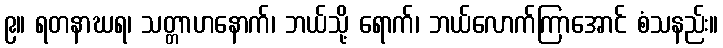
၉။ ရတနာဃရ၊ သတ္တာဟနောက်၊ ဘယ်သို့ ရောက်၊ ဘယ်လောက်ကြာအောင် စံသနည်း။